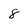
Character: 8